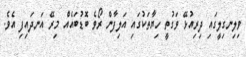
ވިލިނގިލީގައި ދިރިއުޅޭ ވަގުތީ ހިޔާތަކުގައި އަލިފާން ރޯވެ ބޮޑުބައެއް މިރޭ އަނދައިފި އެވެ.